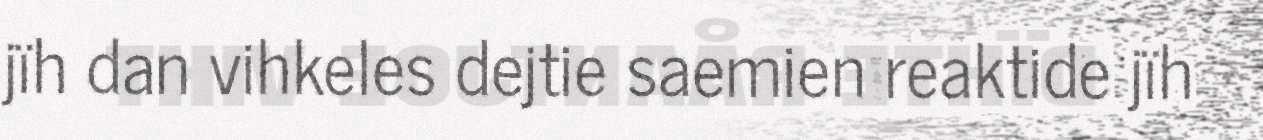
jïh dan vihkeles dejtie saemien reaktide jïh